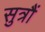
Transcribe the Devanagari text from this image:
सुत्रौं